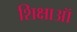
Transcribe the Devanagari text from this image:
शिक्षाऑ